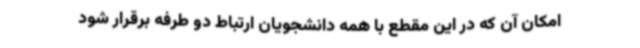
امکان آن که در این مقطع با همه دانشجویان ارتباط دو طرفه برقرار شود